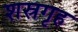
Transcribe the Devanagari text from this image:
शस्रगृह